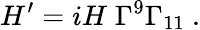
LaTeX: H^{\prime}=iH\; \Gamma^{9}\Gamma_{11}\ .